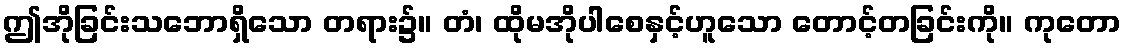
ဤအိုခြင်းသဘောရှိသော တရား၌။ တံ၊ ထိုမအိုပါစေနှင့်ဟူသော တောင့်တခြင်းကို။ ကုတော